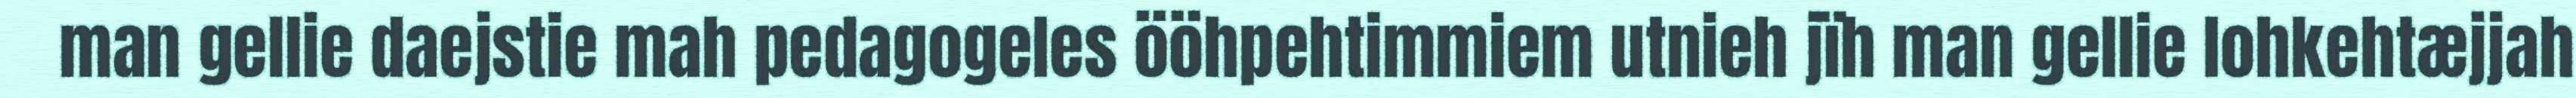
man gellie daejstie mah pedagogeles ööhpehtimmiem utnieh jïh man gellie lohkehtæjjah